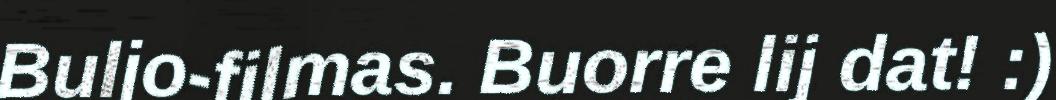
Buljo-filmas. Buorre lij dat! :)